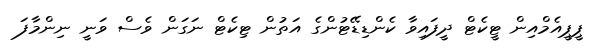
ޕީޕީއެމްއިން ޓީކެޓް ދީފައިވާ ކެންޑިޑޭޓުންގެ އަތުން ޓިކެޓް ނަގަން ވެސް ވަނީ ނިންމާފަ